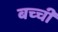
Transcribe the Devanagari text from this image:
बच्‍ची